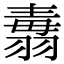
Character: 𦑢